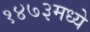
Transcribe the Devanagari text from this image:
१४७३मध्ये